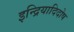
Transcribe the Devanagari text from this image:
इन्द्रियादिदोष